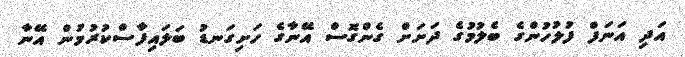
އަދި އަނަފް ފުލުހުންގެ ބެލުމުގެ ދަށަށް ގެންގޮސް އޭނާގެ ހަށިގަނޑު ބަލައިފާސްކުރުމުން އޭނާ